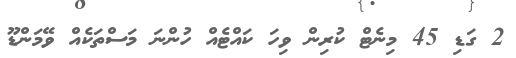
2 ގަޑި 45 މިނެޓް ކުރިން ވިހަ ކައްޓެއް ހުންނަ މަސްތަކެއް ވޭމަންޑޫ